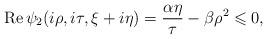
LaTeX: \begin{align*}\operatorname{Re}\psi_2(i\rho,i\tau,\xi+i\eta)=\frac{\alpha\eta}{\tau}-\beta\rho^2\leqslant 0,\end{align*}